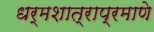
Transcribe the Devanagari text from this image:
धर्मशात्राप्रमाणे